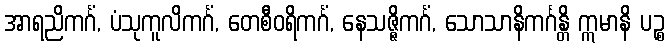
အာရညိကင်္ဂံ, ပံသုကူလိကင်္ဂံ, တေစီဝရိကင်္ဂံ, နေသဇ္ဇိကင်္ဂံ, သောသာနိကင်္ဂန္တိ ဣမာနိ ပဉ္စ